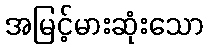
အမြင့်မားဆုံးသော